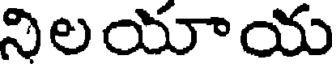
నిలయాయ